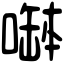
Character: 𠼭